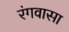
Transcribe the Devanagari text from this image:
रंगवासा